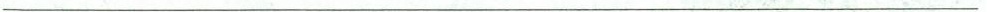
___